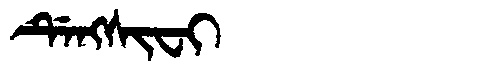
Manchu: ᡩᡝᠩᠰᡳᠸᡳ
Romanization: DENGSIFI